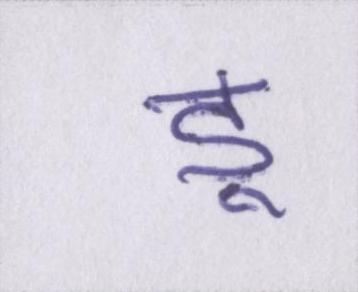
डू